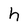
Character: h